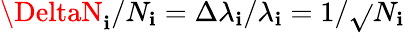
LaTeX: \DeltaN_{\mathbf{i}}/N_{\mathbf{i}}=\Delta\lambda_{\mathbf{i}}/\lambda_{\mathbf{i}}=1/\sqrt{}{{N_{\mathbf{i}}}}